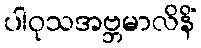
ပါဝုသအဗ္ဘမာလိနိံ